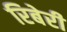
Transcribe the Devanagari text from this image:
रिबेरी